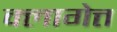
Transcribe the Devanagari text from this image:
क्लागेत्त